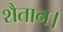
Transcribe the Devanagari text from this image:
शैतान।